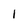
Character: 1